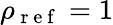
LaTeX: \rho_{\mathrm{~r~e~f~}}=1